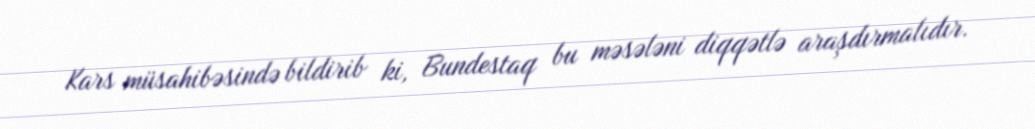
Kars müsahibəsində bildirib ki, Bundestaq bu məsələni diqqətlə araşdırmalıdır.